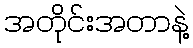
အတိုင်းအတာနဲ့